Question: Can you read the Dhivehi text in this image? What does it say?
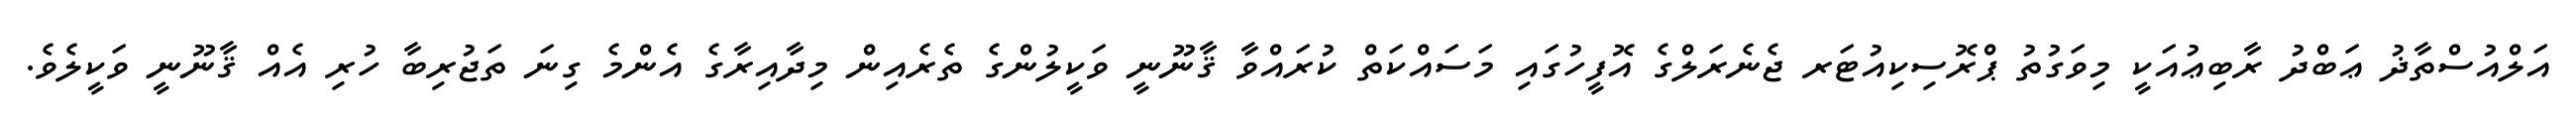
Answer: އަލްއުސްތާޛު ޢަބްދު ރާބިޢުއަކީ މިވަގުތު ޕްރޮސިކިއުޓަރ ޖެނެރަލްގެ އޮފީހުގައި މަސައްކަތް ކުރައްވާ ޤާނޫނީ ވަކީލުންގެ ތެރެއިން މިދާއިރާގެ އެންމެ ގިނަ ތަޖުރިބާ ހުރި އެއް ޤާނޫނީ ވަކީލެވެ.